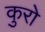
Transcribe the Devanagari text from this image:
कुरो